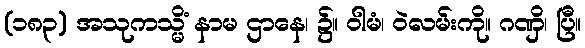
(၁၈၃) အသုကသ္မိံ နာမ ဌာနေ၊ ၌။ ဝါမံ၊ ဝဲလမ်းကို။ ဂဏှိ၊ ပြီ။